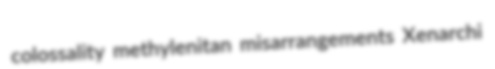
colossality methylenitan misarrangements Xenarchi